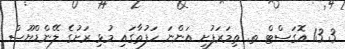
3 13 އޮގަސްޓް ތ. ތިމަރަފުށި އަންނަ ހަފުތާގައި މުޅި ރަށުގެ ލޭންޑްޔޫސް